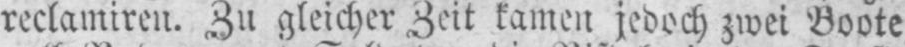
reclamiren. Zu gleicher Zeit kamen jedoch zwei Boote